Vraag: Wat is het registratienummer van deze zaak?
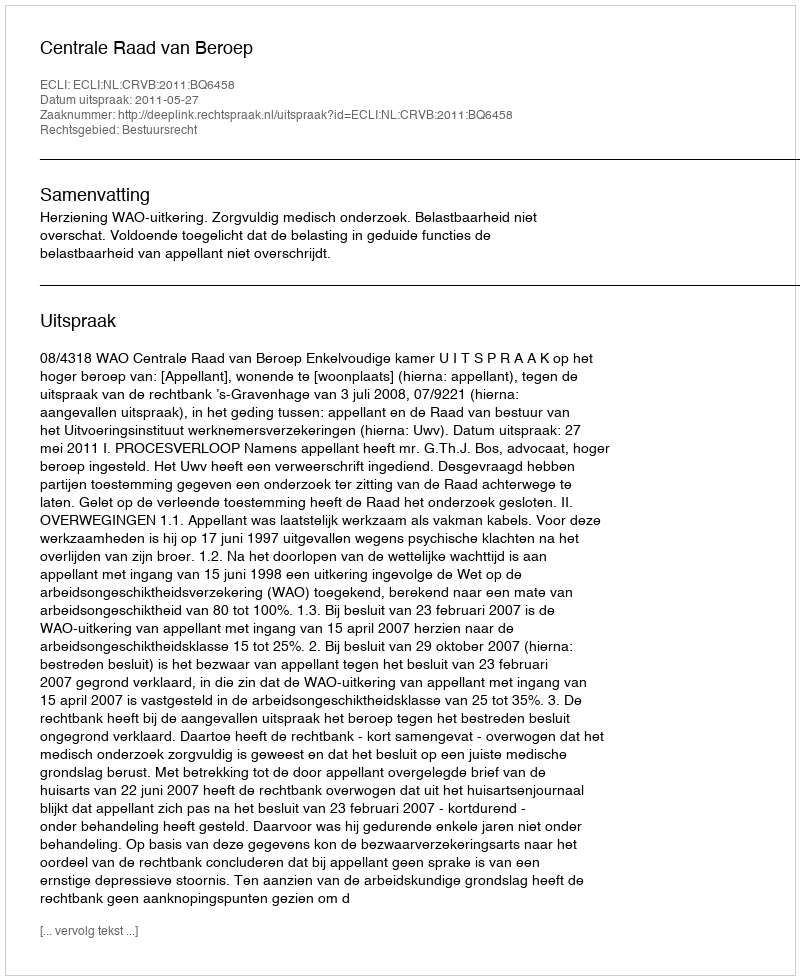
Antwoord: http://deeplink.rechtspraak.nl/uitspraak?id=ECLI:NL:CRVB:2011:BQ6458